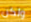
ولكن